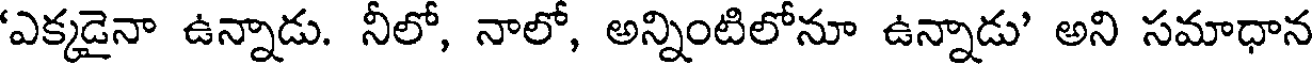
'ఎక్కడైనా ఉన్నాడు. నీలో, నాలో, అన్నింటిలోనూ ఉన్నాడు' అని సమాధాన